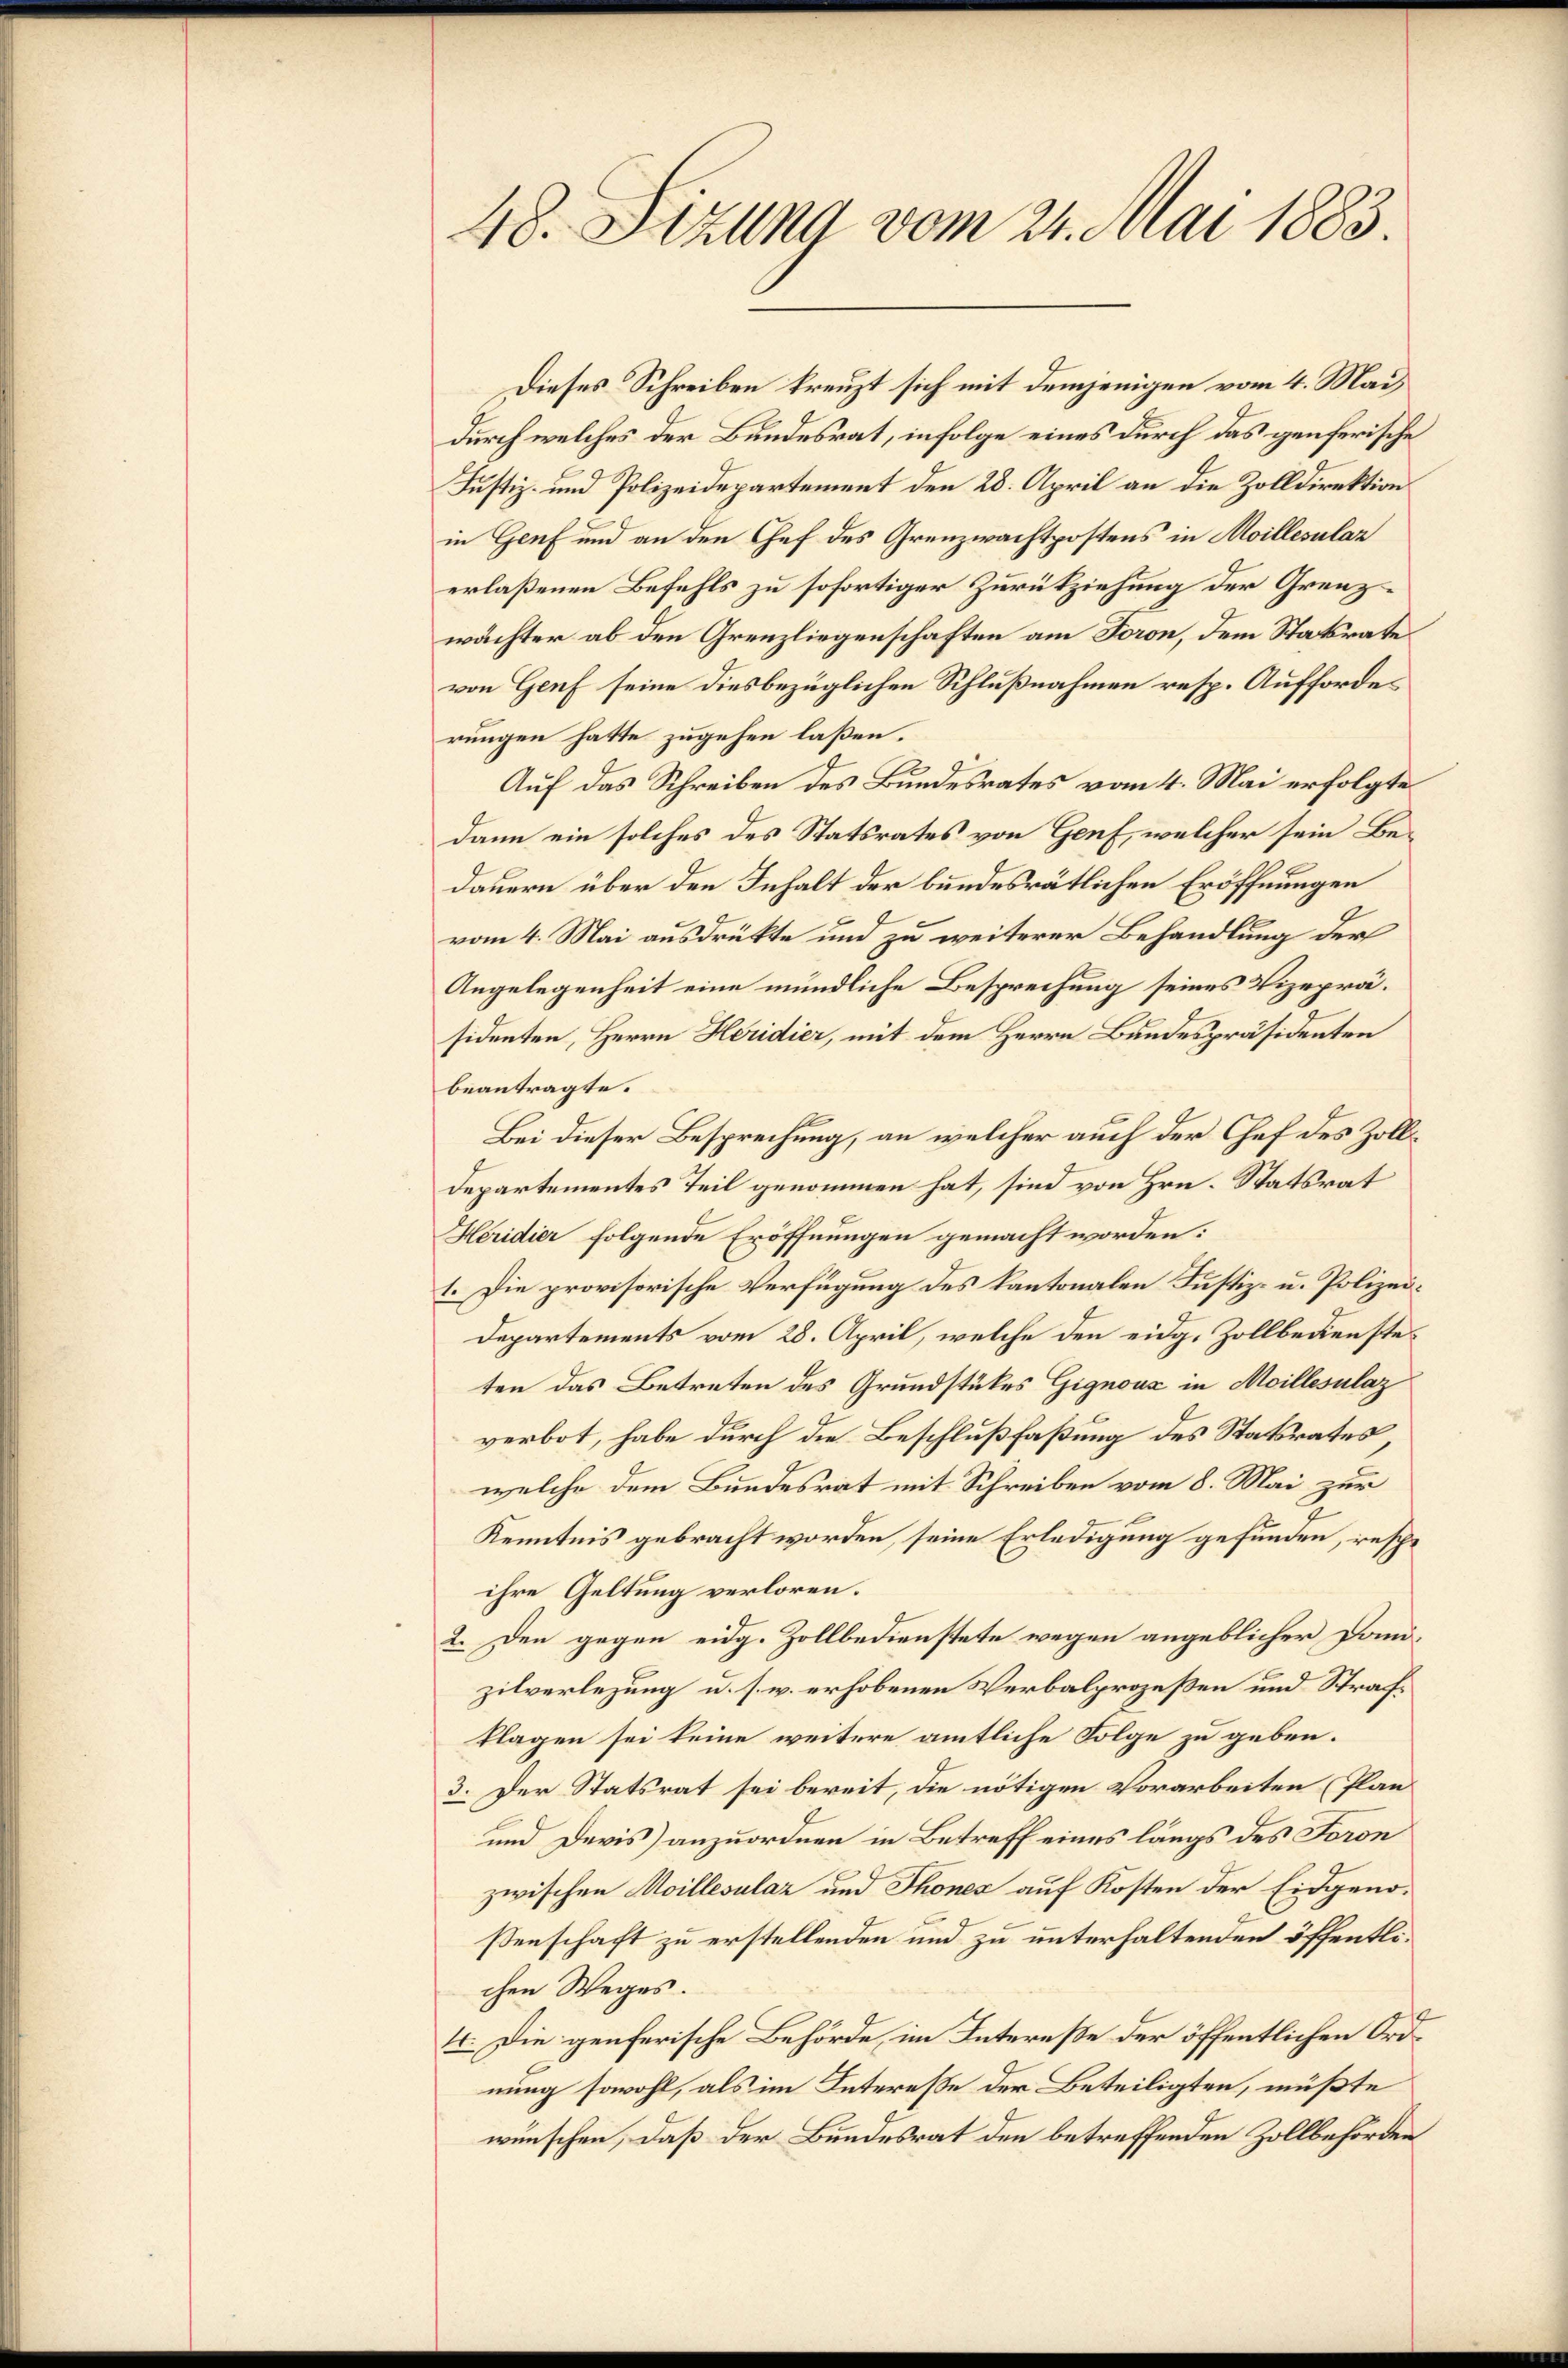
48. Sizung vom 21. Mai 1883.

Dieses Schreiben kreuzt sich mit demjenigen vom 4. Mai
durch welches der Bundesrat, infolge eines durch das genferische
Justiz- und Polizeidepartement den 28. April an die Zolldirektion
in Genf und an den Chef des Grenzwachtpostens in Moillesular
erlaßenen Befehls zu sofortiger Zurückziehung der Grenzwächter ab den Grenzliegenschaften am Foron, dem Statsrate
von Genf seine diesbezüglichen Schlußnahmen resp. Aufforderungen hatte zugehen laßen.
Auf das Schreiben des Bundesrates vom 4. Mai erfolgte
dann ein solches des Statsrates von Genf, welcher sein Bedauern über den Inhalt der bundesrätlichen Eröffnungen
vom 4. Mai ausdrükte und zu weiterer Behandlung der
Angelegenheit eine mündliche Besprechung seines Vizepräsidenten, Herrn Heridier, mit dem Herrn Bandespräsidenten
beantragte.
Bei dieser Besprechung, an welcher auch der Chef des Zoll¬
Departementes Teil genommen hat, sind von Hrn. Statsrat
Heridier folgende Eröffnungen gemacht worden:
1. Die provisorische Verfügung des Kantonalen Justiz- u. Polizei¬
Departements vom 28. April, welche den eidg. Zollbediensteten das Betreten des Grundstückes Gignoux in Moillesulaz
verbot, habe durch die Beschlußfaßung des Statsrates
welche dem Bundesrat mit Schreiben vom 8. Mai zur
Kenntnis gebracht worden, seine Erledigung gefunden, resche
ihre Geltung verloren.
2. Den gegen eidg. Zollbedienstete wegen angeblicher Dom-
zilverlegung u. s. w. erhobenen Verbalprozeßen und Strafklagen sei keine weitere amtliche Folge zu geben.
3. Der Statsrat sei bereit, die nötigen Vorarbeiten (Plan
und Devis) anzuordnen in Betreff eines längs des Foron
zwischen Moillesular und Thones auf Kosten der Eidgenosenschaft zu erstellenden und zu unterhaltenden öffentlichen Weges.
4. Die genferische Behörde im Intereße der öffentlichen Ordnung sowohl, als im Interesse der Beteiligten, müßte
wünschen, daß der Bundesrat den betreffenden Zollbehörden